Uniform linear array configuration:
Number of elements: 64
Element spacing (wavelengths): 1
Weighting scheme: hann
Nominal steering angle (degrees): -60
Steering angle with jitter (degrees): -59.268
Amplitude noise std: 0.05
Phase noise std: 0.05

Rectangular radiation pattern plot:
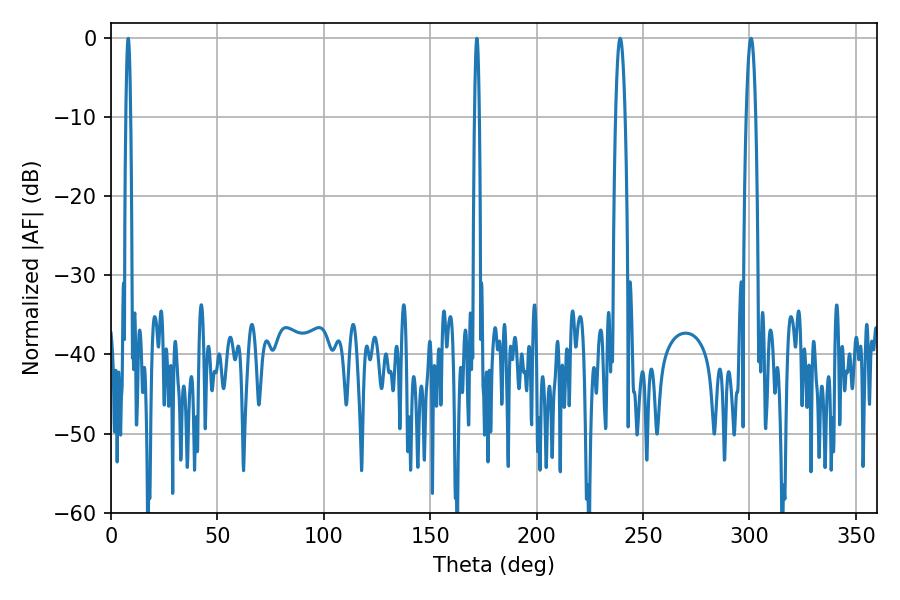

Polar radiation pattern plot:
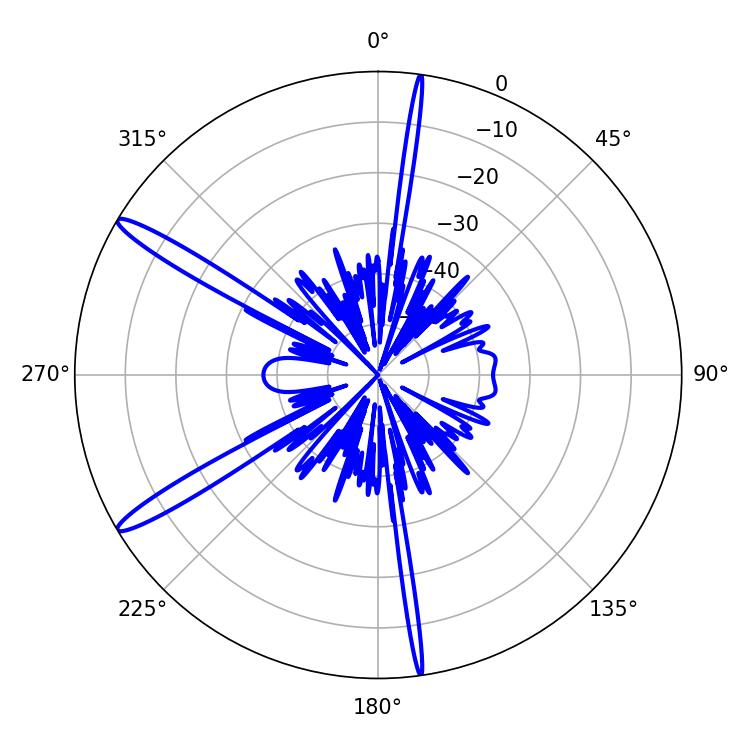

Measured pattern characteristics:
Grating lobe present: TRUE
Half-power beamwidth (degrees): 2.34
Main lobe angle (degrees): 239.22